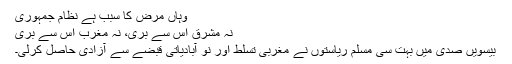
وہاں مرض کا سبب ہے نظام جمہوری
نہ مشرق اس سے بری، نہ مغرب اس سے بری
بیسویں صدی میں بہت سی مسلم ریاستوں نے مغربی تسلط اور نو آبادیاتی قبضے سے آزادی حاصل کرلی۔